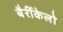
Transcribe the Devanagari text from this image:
बैर्रीकेलो